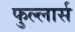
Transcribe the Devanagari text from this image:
फुल्लार्स